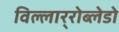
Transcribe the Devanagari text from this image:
विल्लार्‍रोब्लेडो